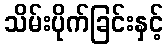
သိမ်းပိုက်ခြင်းနှင့်